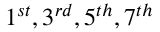
1 ^ { s t } , 3 ^ { r d } , 5 ^ { t h } , 7 ^ { t h }